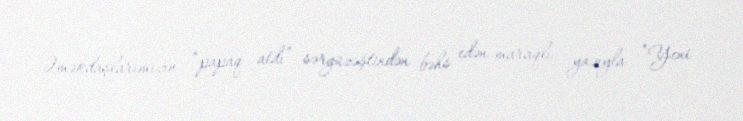
Əməkdaşlarımızın “papaq atdı” sərgüzəştindən bəhs edən maraqlı yazıyla “Yeni